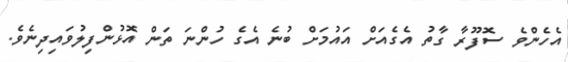
އެހެންވެ ސޮފޫރާ ގާތު އެގެއަށް އައުމަށް ބުނެ އެގެ ހުންނަ ތަން އޮޅުންފިލުވައިދިނެވެ.